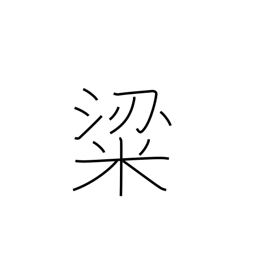
Meaning: high quality rice